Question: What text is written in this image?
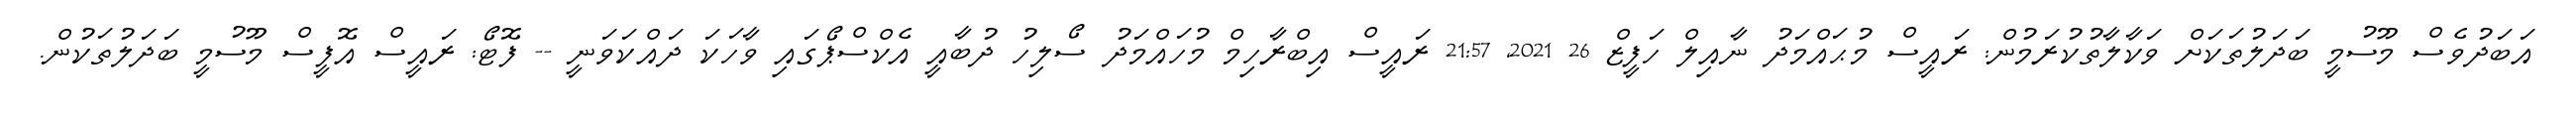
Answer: އަބަދުވެސް މޫސުމީ ބަދަލުތަކަށް ވަކާލާތުކުރަމުން: ރައީސް މުޙައްމަދު ނާއިލް ހަފީޒް 26 2021, 21:57 ރައީސް އިބްރާހިމް މުހައްމަދު ސޯލިހު ދުބާއީ އެކްސްޕޯގައި ވާހަކަ ދައްކަވަނީ -- ފޮޓޯ: ރައީސް އޮފީސް މޫސުމީ ބަދަލުތަކުން.